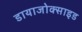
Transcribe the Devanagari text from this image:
डायाजोक्साइड